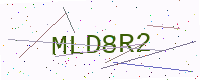
Text: MLD8R2